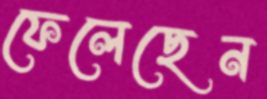
ফেলেছেন